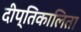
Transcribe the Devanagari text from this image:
दीप्तिकालिता